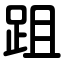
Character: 跙